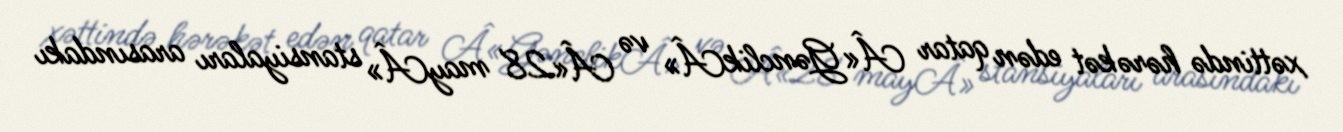
xəttində hərəkət edən qatar Â«GənclikÂ» və Â«28 mayÂ» stansiyaları arasındakı